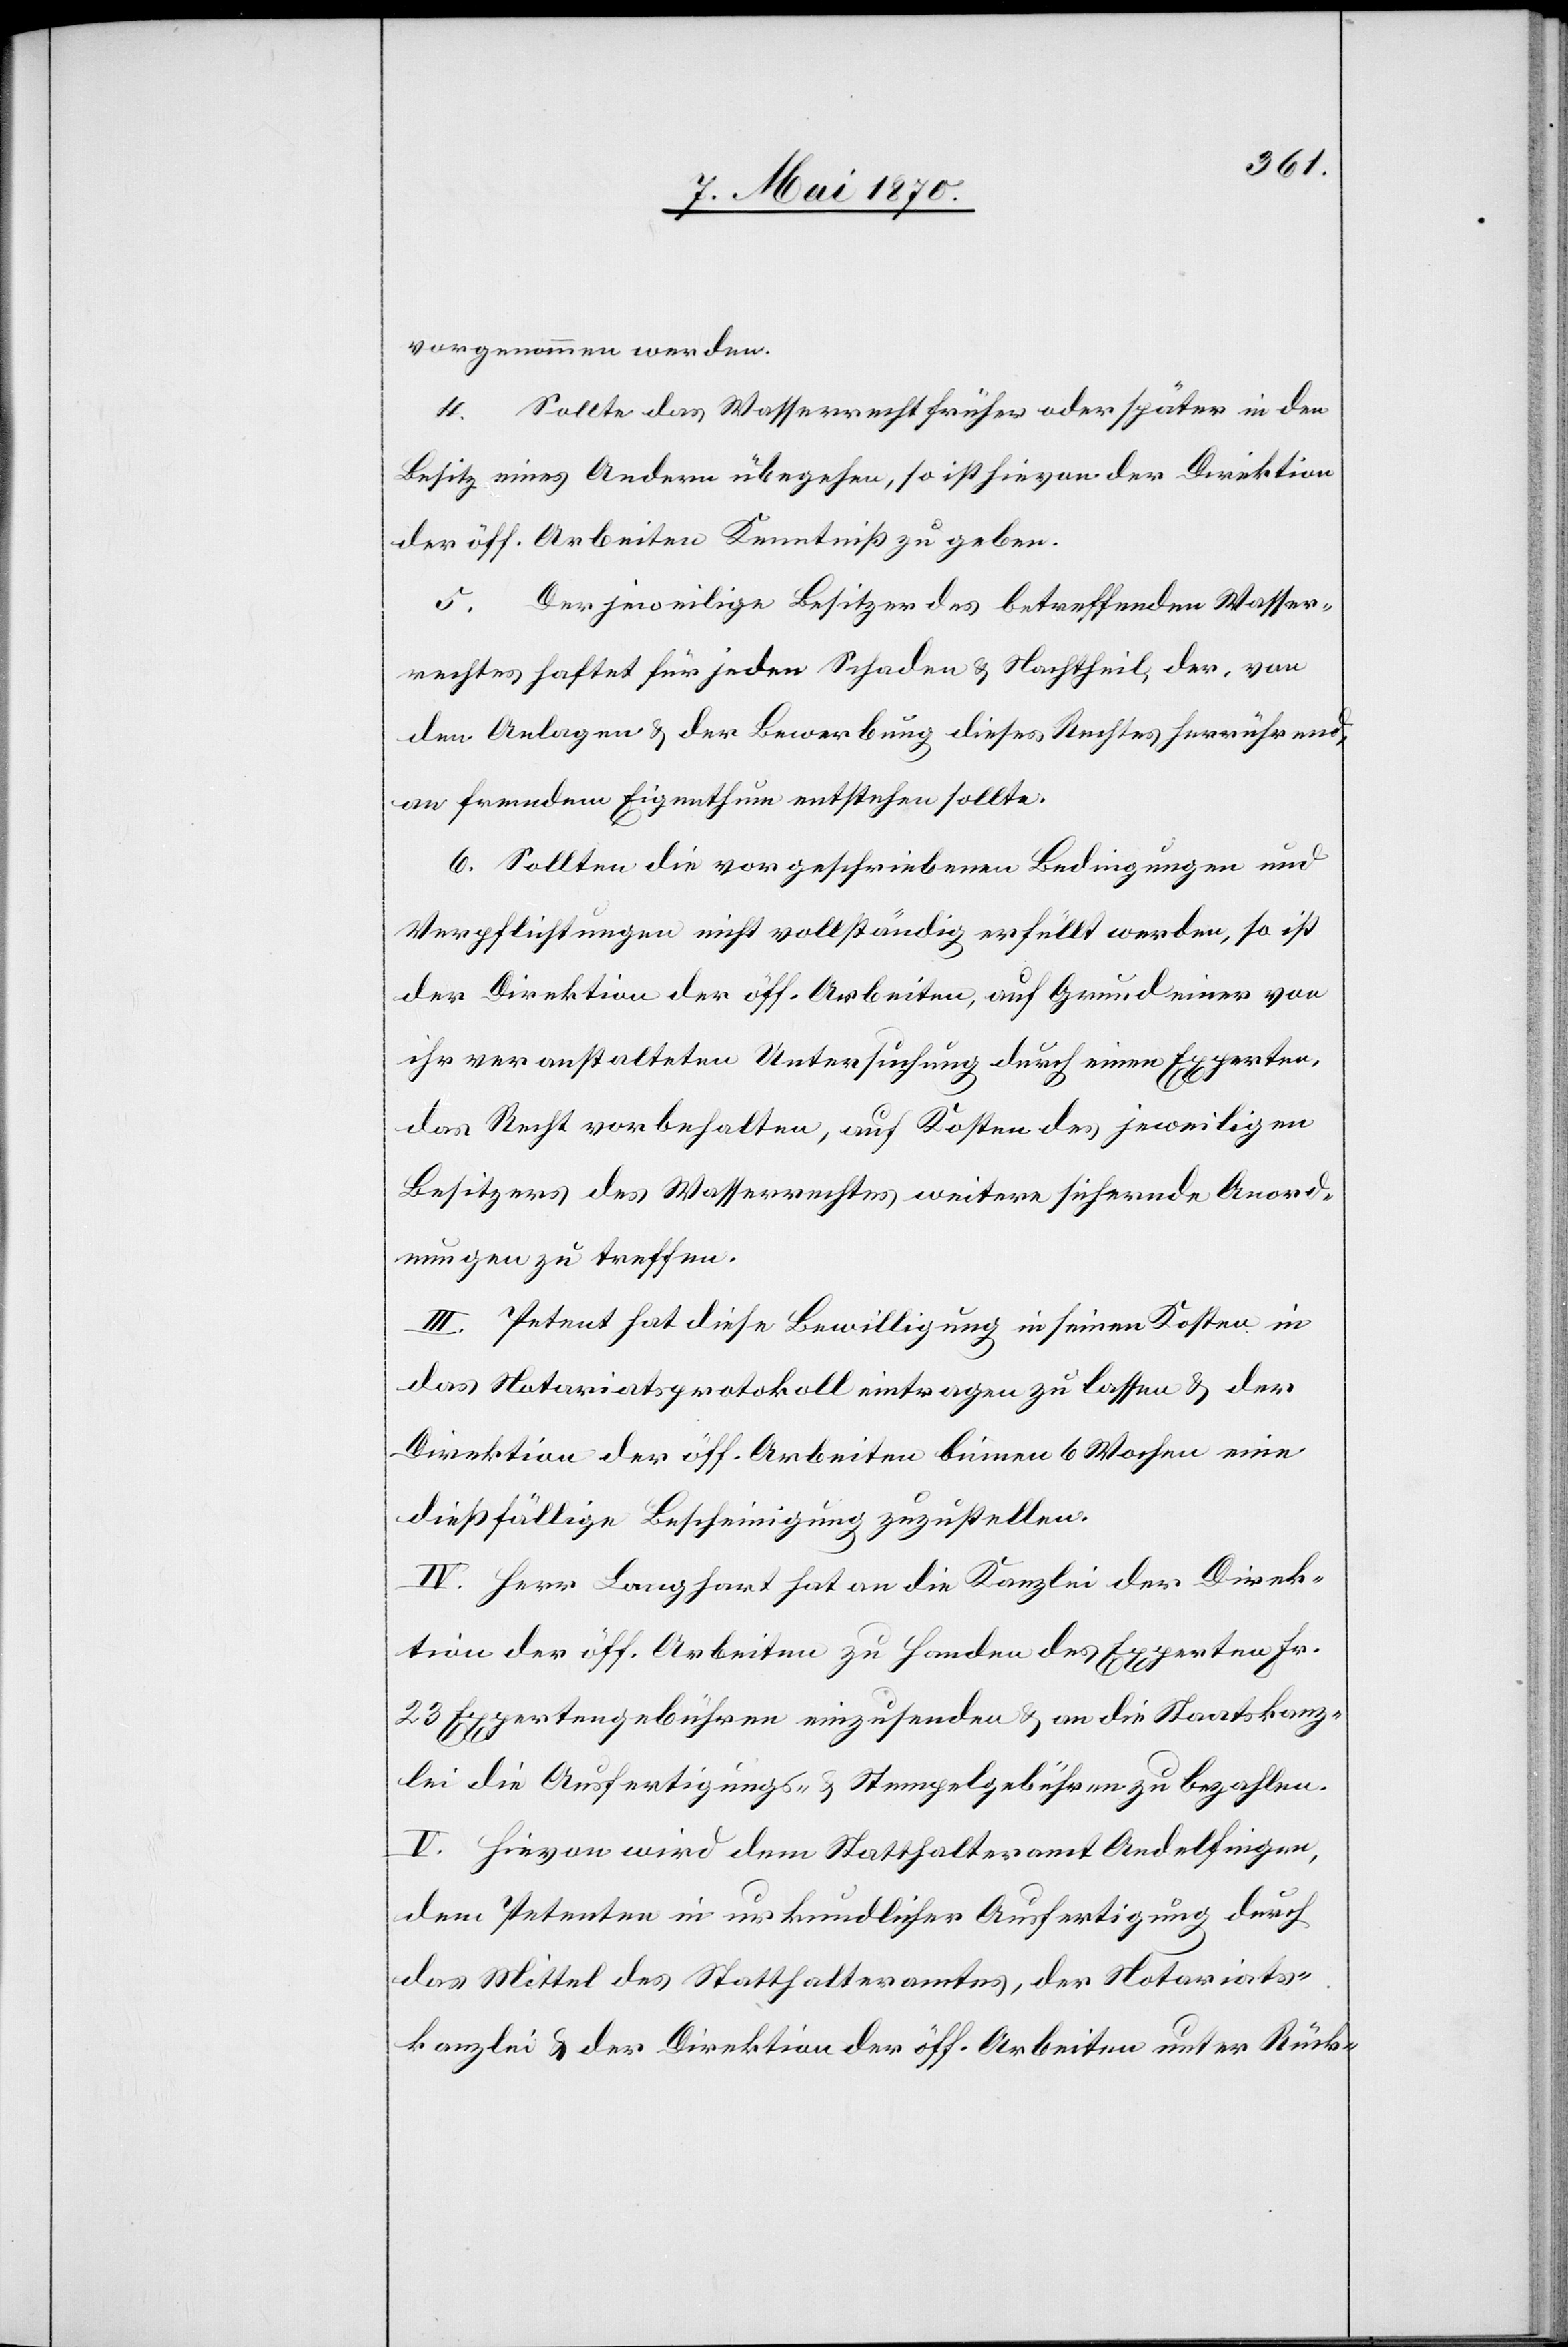
vorgenommen werden.
Sollte das Wasserrecht früher oder später in den
4.
Besitz eines Andern übergehen, so ist hievon der Direktion
der öff. Arbeiten Kenntniß zu geben.
5. Der jeweilige Besitzer des betreffenden Wasser¬
rechtes haftet für jeden Schaden & Nachtheil, der, von
den Anlagen & der Bewerbung dieses Rechtes herrührend,
an fremdem Eigenthum entstehen sollte.
6. Sollten die vorgeschriebenen Bedingungen und
Verpflichtungen nicht vollständig erfüllt werden, so ist
der Direktion der öff. Arbeiten, auf Grund einer von
ihr veranstalteten Untersuchung durch einen Experten,
das Recht vorbehalten, auf Kosten des jeweiligen
Besitzers des Wasserrechtes weitere sichernde Anord¬
nungen zu treffen.
III. Petent hat diese Bewilligung in seinen Kosten in
das Notariatsprotokoll eintragen zu lassen & der
Direktion der öff. Arbeiten binnen 6 Wochen eine
dießfällige Bescheinigung zuzustellen.
IV. Herr Langhart hat an die Kanzlei der Direk¬
tion der öff. Arbeiten zu Handen des Experten Fr.
23 Expertengebühren einzusenden & an die Staatskanz¬
lei die Ausfertigungs- & Stempelgebühren zu bezahlen.
V. Hievon wird dem Statthalteramt Andelfingen,
dem Petenten in urkundlicher Ausfertigung durch
das Mittel des Statthalteramtes, der Notariats¬
kanzlei & der Direktion der öff. Arbeiten unter Rück-